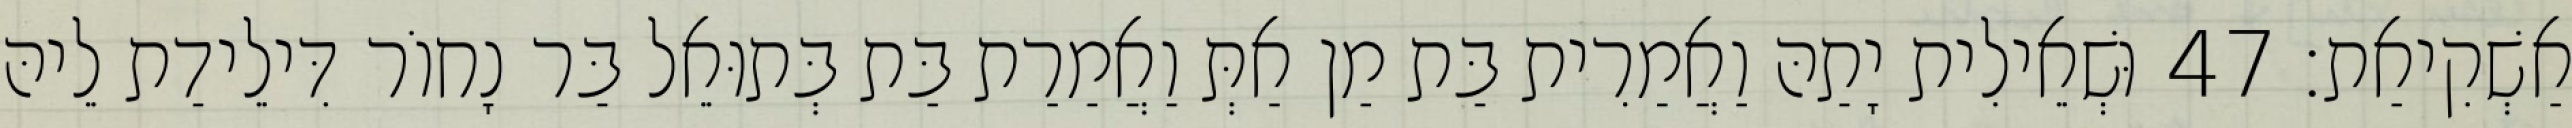
אַשְׁקִיאַת׃ 47 וּשְׁאֵילִית יָתַהּ וַאֲמַרִית בַּת מַן אַתְּ וַאֲמַרַת בַּת בְּתוּאֵל בַּר נָחוֹר דִּילֵידַת לֵיהּ